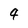
Character: 4